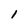
Character: 1